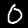
Label: 0